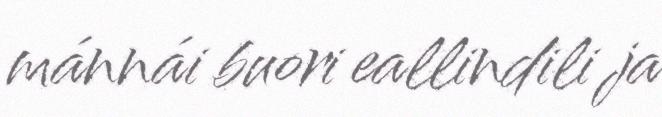
mánnái buori eallindili ja